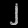
Digit: ၂